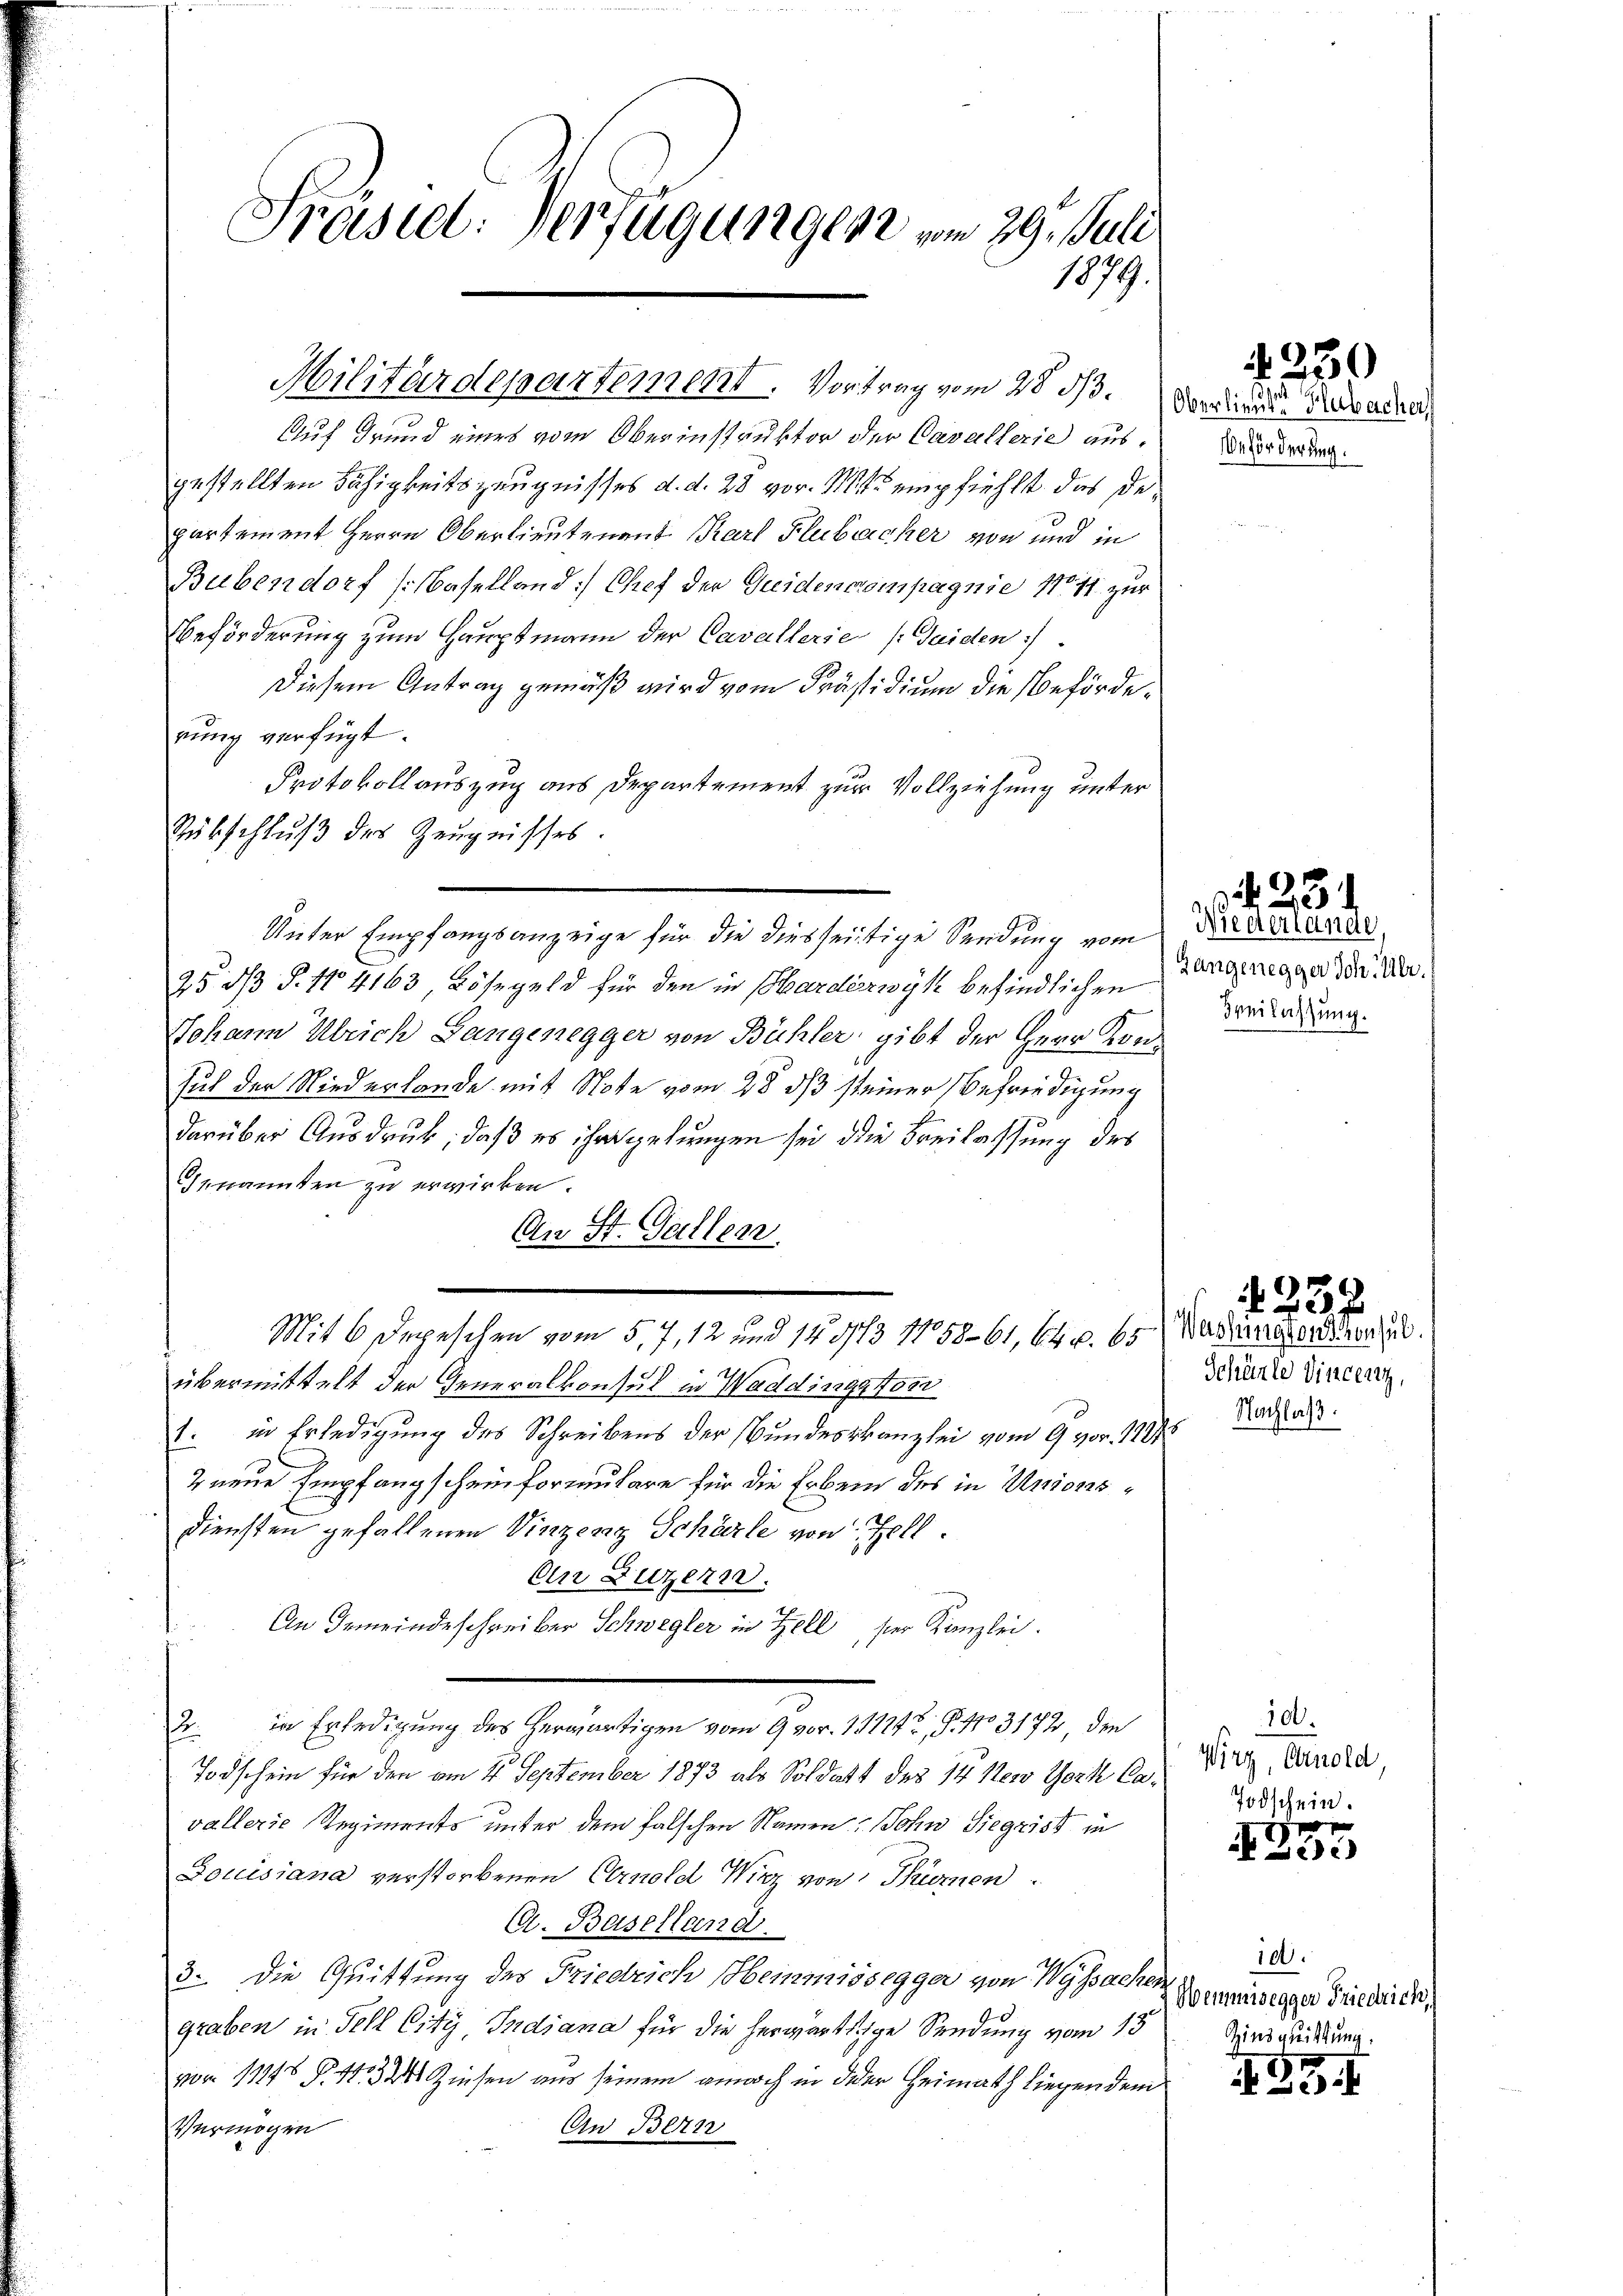
Präsiel. Verfügungen vom 29. Juli
1879.

Auf Grund eines vom Oberinstruktor der Cavallerie ausgestellten Fähigkeitszeugnisses d. d. 28 vor. Mit empfiehlt, das de
partement Herrn Oberlieutenant Karl Flubucher von und in
Bubendorf (Baselland: Chef der Greidencompagnie No 11 zur
Beförderung zum Hauptmann der Cavallerie (Gaiden).
Diesem Antrag gemäß wird vom Präsidium die Beförderŭng verfügt:
Protokollauszug aus Departement zur Vollziehung unter
Rübschluß des Zeugnisses.
Unter Empfangsanzeige für die diesseitige Sendung vom
25 d S. 1104163, Lösegeld für den in Pardézwyk befindlichen
Johann Ulrich Langenegger von Bühler gibt der Herr Konsuch der Niederlande mit Note vom 28. ds steiner Befriedigung
darüber Ausdruck, daß es ihre gelungen sei die Freilassung des
Genannten zu erwirken.
An St. Gallen
Mit 6 Depeschen vom 5,7, 12 und 140/3 11058-61, 64 u. 65. Mariangordnen zu
übermittelt der Generalkonsul in Waddingston
1. in Erledigung des Schreibens der Bundeskanzlei vom 9. vor. 1875
2 neue Empfangscheinformulare für die Erbein des in Unions¬
Diensten gefallenen Vinzenz Schärle von Fell.
An Luzern.
An Gemeindeschreiber Schwegler in Zell, ser Kanzlei.
2. in Erledigung des herwärtigen vom 9 vor. 131242, P. No 3172, den
Todschein für den am 4. September 1873 als Soldatt des 14 New York Cavallerie Regiments unter dem falschen Namen, Sohn Siegrist in
Douissana verstorbenen Arnold Wirz von Thüren.
C. Baselland.
3. Die Quittung des Friedrich Heimissegger von Wyssachen
graben in Fell City, Indiana für die herwärtige Sendung vom 15.
vor 11145 P. 1324 Zinsen aus seinem annoch in der Heimath liegen dem
An Bern
Vermögen

Hilitärdepartement. Vortrag vom 28. 513.

.
Oberlieutet Hlubacher
eförderung.

Gangenegger Joh. Ulr.
Beilassung.

23
Niederlange,

Schänle Vincenz,
Nachlaß.

230

4357

100.
Wirz, Arnold,
Todschein.

e
 Sie

100.
Wemmnisegger Friedrich,
Zinsguittung.

499 f.